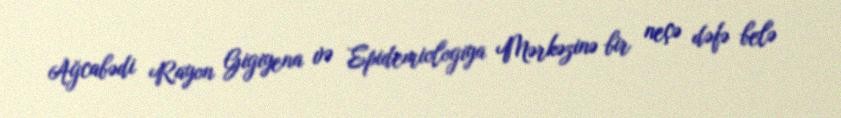
Ağcabədi Rayon Gigiyena və Epidemiologiya Mərkəzinə bir neçə dəfə belə